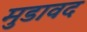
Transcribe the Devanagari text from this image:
मुडावद